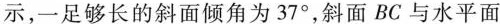
示，一足够长的斜面倾角为37°，斜面BC与水平面